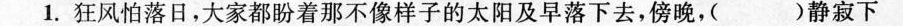
1.狂风怕落日，大家都盼着那不像样子的太阳及早落下去，傍晚，( )静寂下